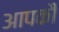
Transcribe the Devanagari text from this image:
आपकौ